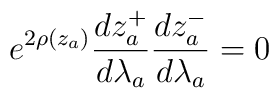
e^{2\rho(z_a)} \frac{dz_a^+}{d\lambda_a}  \frac{dz_a^-}{d\lambda_a} = 0